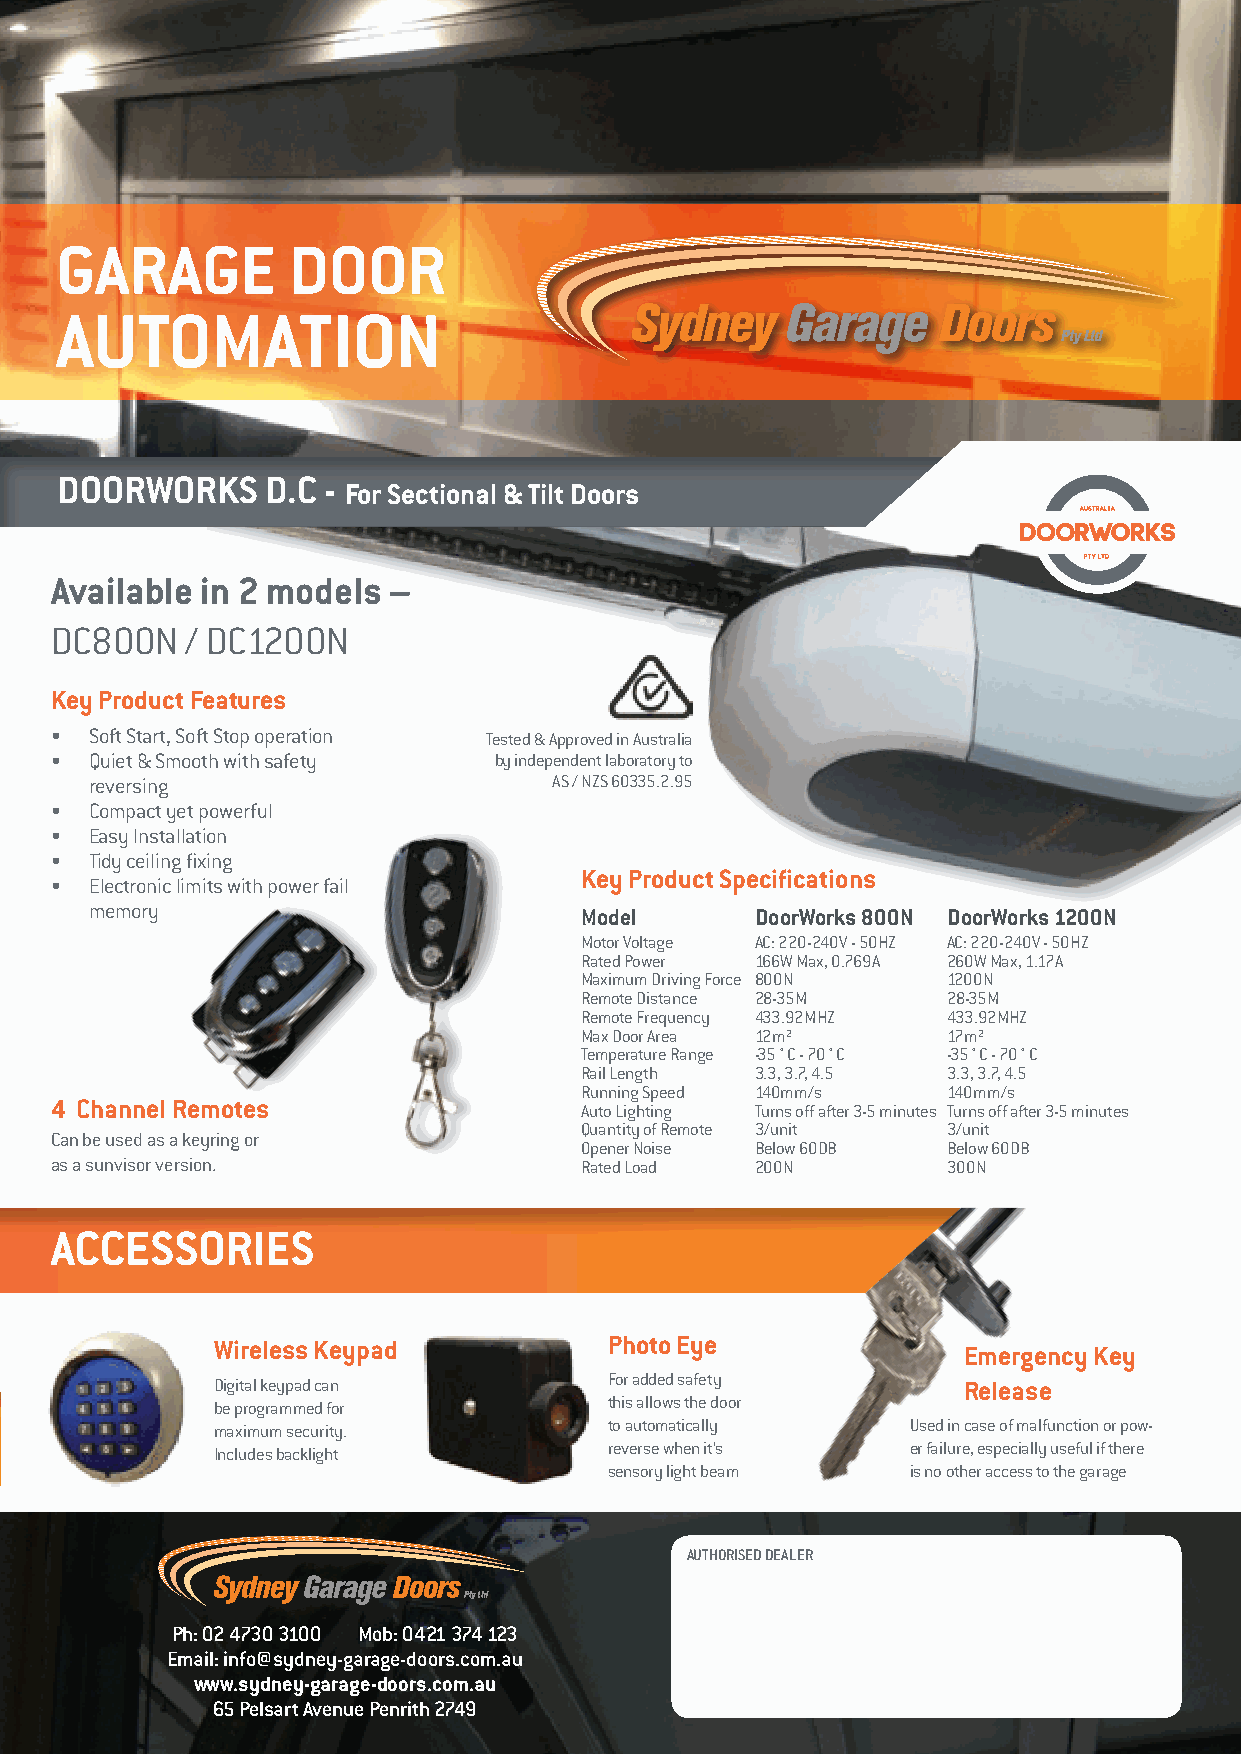
GARAGE         DOOR
 AUTOMATION
 DOORWORKS     D.C -
 For Sectional & Tilt Doors
 Available in 2 models  –
 DC800N   / DC1200N
 Key Product Features
 •  Soft Start, Soft Stop operation Tested & Approved in Australia
 •  Quiet & Smooth with safety by independent laboratory to
 reversing                      AS / NZS 60335.2.95
 •  Compact yet powerful
 •  Easy Installation
 •  Tidy ceiling fixing
 Key Product Specifications
 •  Electronic limits with power fail
 memory                          Model       DoorWorks 800N DoorWorks 1200N
 Motor Voltage AC: 220-240V - 50HZ AC: 220-240V - 50HZ
 Rated Power 166W Max, 0.769A 260W Max, 1.17A
 Maximum Driving Force 800N 1200N
 Remote Distance 28-35M   28-35M
 Remote Frequency 433.92MHZ 433.92MHZ
 Max Door Area 12m²       17m²
 Temperature Range -35 ° C - 70 ° C -35 ° C - 70 ° C
 Rail Length 3.3, 3.7, 4.5 3.3, 3.7, 4.5
 Running Speed 140mm/s    140mm/s
 4 Channel Remotes
 Auto Lighting Turns off after 3-5 minutes Turns off after 3-5 minutes
 Quantity of Remote 3/unit 3/unit
 Can be used as a keyring or
 Opener Noise Below 60DB  Below 60DB
 as a sunvisor version.             Rated Load  200N         300N
 ACCESSORIES
 Wireless Keypad           Photo Eye
 Emergency Key
 Digital keypad can        For added safety        Release
 be programmed for         this allows the door
 maximum security.         to automatically    Used in case of malfunction or pow-
 Includes backlight        reverse when it’s   er failure, especially useful if there
 sensory light beam  is no other access to the garage
 AUTHORISED DEALER
 Ph: 02 4730 3100 Mob: 0421 374 123
 Email: info@sydney-garage-doors.com.au
 www.sydney-garage-doors.com.au
 65 Pelsart Avenue Penrith 2749